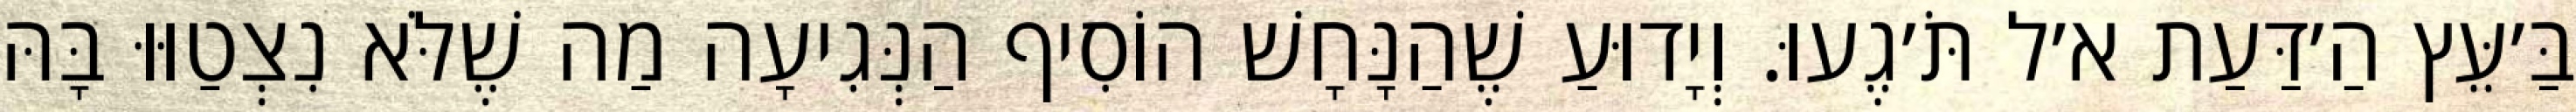
בַּ׳עֵּץ הַ׳דַּעַת א׳ל תֹּ׳גֶעוּ. וְיָדוּעַ שֶׁהַנָּחָשׁ הוֹסִיף הַנְּגִיעָה מַה שֶׁלֹּא נִצְטַוּוּ בָּהּ